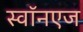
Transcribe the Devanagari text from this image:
स्वॉनएज